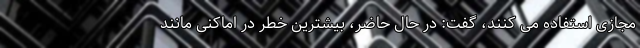
مجازی استفاده می کنند، گفت: در حال حاضر، بیشترین خطر در اماکنی مانند